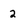
Character: 2